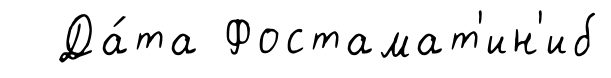
Да́та Фостамат'ин'иб